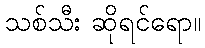
သစ်သီး ဆိုရင်ရော။